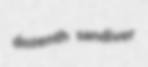
dozenth sandiver